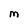
Character: M